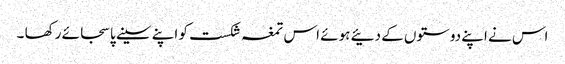
اس نے اپنے دوستوں کے دئیے ہوئے اس تمغہ شکست کو اپنے سینے پا سجائے رکھا ۔